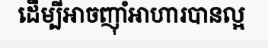
ដើម្បីអាចញុាំអាហារបានល្អ